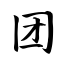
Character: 团